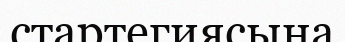
стартегиясына